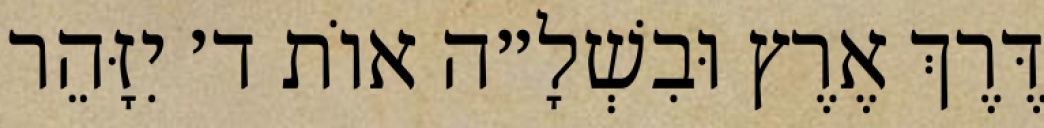
דֶּרֶךְ אֶרֶץ וּבִשְׁלָ״ה אוֹת ד׳ יִזָּהֵר